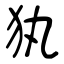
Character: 犱